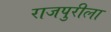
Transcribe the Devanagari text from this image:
राजपुरीला